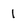
Character: 1